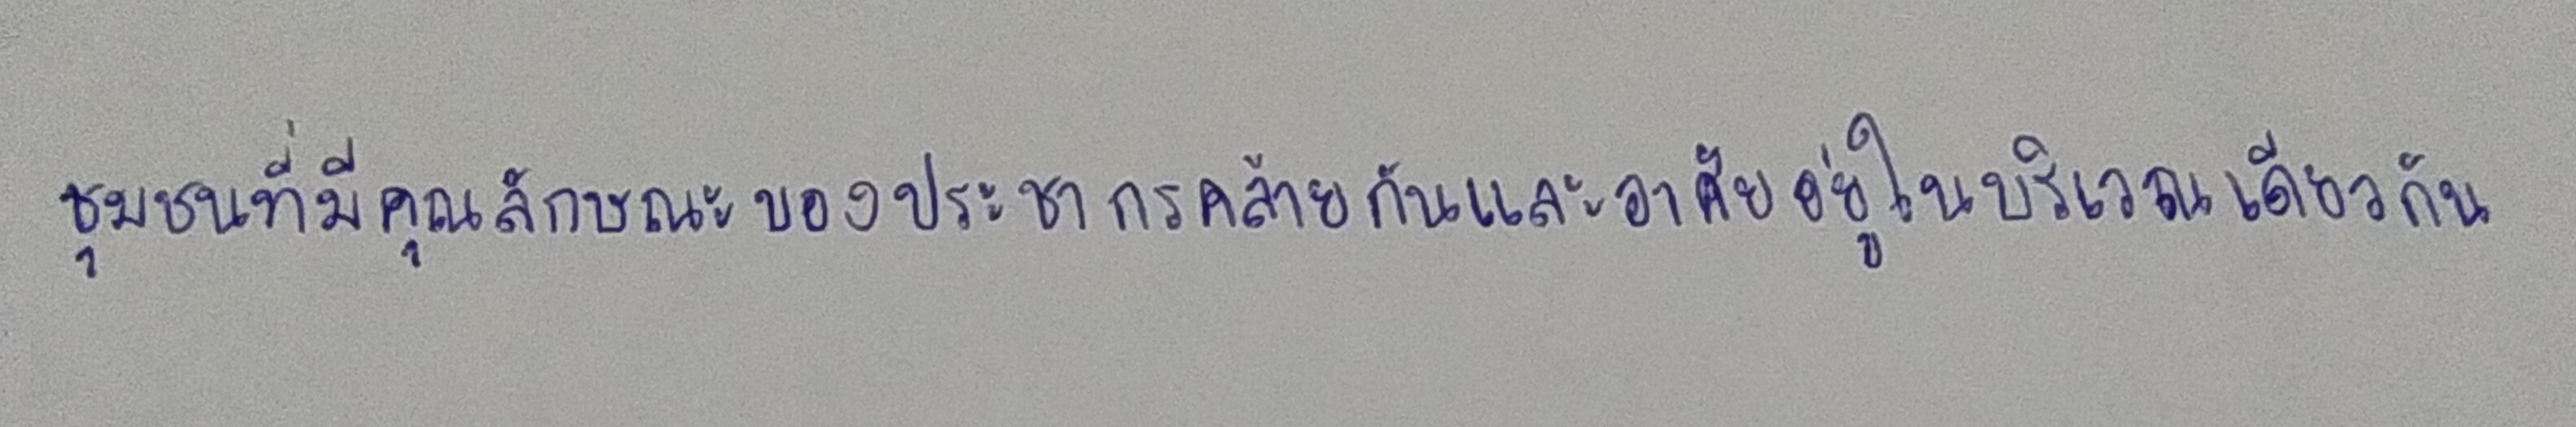
ชุมชนที่มีคุณลักษณะของประชากรคล้ายกันและอาศัยอยู่ในบริเวณเดียวกัน